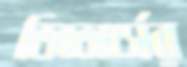
ডিভোর্সের